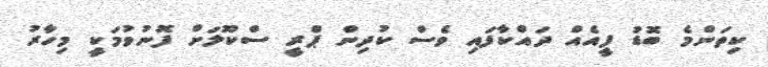
ކިތަންމެ ބޮޑު ފީއެއް ދައްކާފައި ވެސް ކުދިން ޕްރީ ސްކޫލަށް ފޮނުވުމަކީ މިހާރު